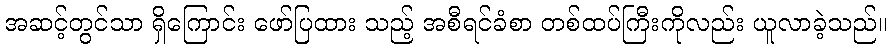
အဆင့်တွင်သာ ရှိကြောင်း ဖော်ပြထား သည့် အစီရင်ခံစာ တစ်ထပ်ကြီးကိုလည်း ယူလာခဲ့သည်။